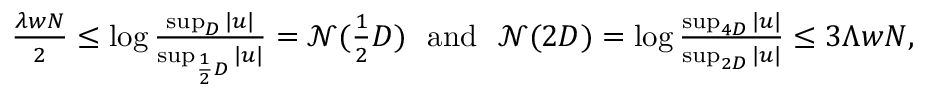
\begin{array} { r } { \frac { \lambda w N } { 2 } \leq \log \frac { \operatorname* { s u p } _ { D } | u | } { \operatorname* { s u p } _ { \frac { 1 } { 2 } D } | u | } = \mathcal { N } ( \frac { 1 } { 2 } D ) \mathrm { ~ } \mathrm { ~ a n d ~ } \mathrm { ~ } \mathcal { N } ( 2 D ) = \log \frac { \operatorname* { s u p } _ { 4 D } | u | } { \operatorname* { s u p } _ { 2 D } | u | } \leq 3 \Lambda w N , } \end{array}